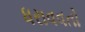
ધરાવવતો